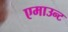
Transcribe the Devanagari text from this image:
एमाउन्ट